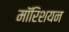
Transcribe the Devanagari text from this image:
मॉरिशयन